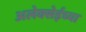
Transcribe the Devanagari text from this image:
अलेक्सेईच्या